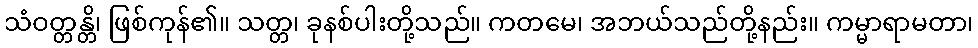
သံဝတ္တန္တိ၊ ဖြစ်ကုန်၏။ သတ္တ၊ ခုနစ်ပါးတို့သည်။ ကတမေ၊ အဘယ်သည်တို့နည်း။ ကမ္မာရာမတာ၊